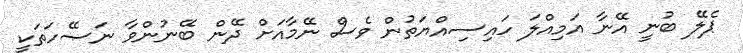
ޕެލޭ ބުނީ އޭނާ އަމިއްލަ ހައިސިއްޔަތުން ވެސް ނޭމާއަށް ދޭން ބޭނުންވާ ނަޞޭހަތަކީ